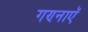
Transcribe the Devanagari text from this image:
गण्नाऍ